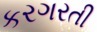
કરગરતી